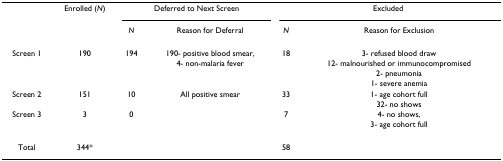
<table><thead><tr><td></td><td><b>Enrolled (<i>N</i>)</b></td><td colspan="2"><b>Deferred to Next Screen</b></td><td colspan="2"><b>Excluded</b></td></tr><tr><td></td><td></td><td><b><i>N</i></b></td><td><b>Reason for Deferral</b></td><td><b><i>N</i></b></td><td><b>Reason for Exclusion</b></td></tr></thead><tbody><tr><td>Screen 1</td><td>190</td><td>194</td><td>190- positive blood smear,</td><td>18</td><td>3- refused blood draw</td></tr><tr><td></td><td></td><td></td><td>4- non-malaria fever</td><td></td><td>12- malnourished or immunocompromised</td></tr><tr><td></td><td></td><td></td><td></td><td></td><td>2- pneumonia</td></tr><tr><td></td><td></td><td></td><td></td><td></td><td>1- severe anemia</td></tr><tr><td>Screen 2</td><td>151</td><td>10</td><td>All positive smear</td><td>33</td><td>1- age cohort full</td></tr><tr><td></td><td></td><td></td><td></td><td></td><td>32- no shows</td></tr><tr><td>Screen 3</td><td>3</td><td>0</td><td></td><td>7</td><td>4- no shows,</td></tr><tr><td></td><td></td><td></td><td></td><td></td><td>3- age cohort full</td></tr><tr><td>Total</td><td>344*</td><td></td><td></td><td>58</td><td></td></tr></tbody></table>